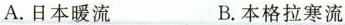
A.日本暖流 B.本格拉寒流